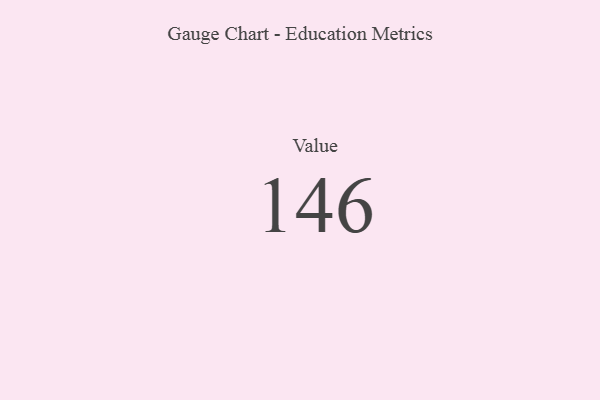
{"axis": {"x": "Metric", "y": "Value"}, "legend": [""], "data": [{"x": "Value", "y": 146, "type": ""}]}